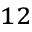
_ { 1 2 }